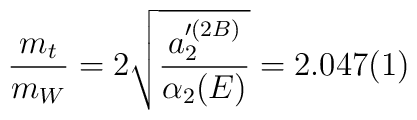
\frac{m_t}{m_W} = 2 \sqrt{\frac{a_2'^{(2B)}}{\alpha_2 (E)}} =2.047(1)